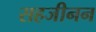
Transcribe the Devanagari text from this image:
सहजीनन